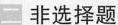
二 非选择题